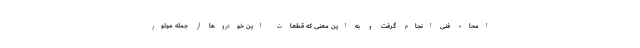
امحاء فنی انجام گرفت و به این معنی که قطعات این خودروها از جمله موتور